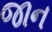
જાન